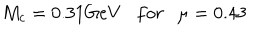
LaTeX: M _ { c } = 0 . 3 1 G e V f o r \mu = 0 . 4 3